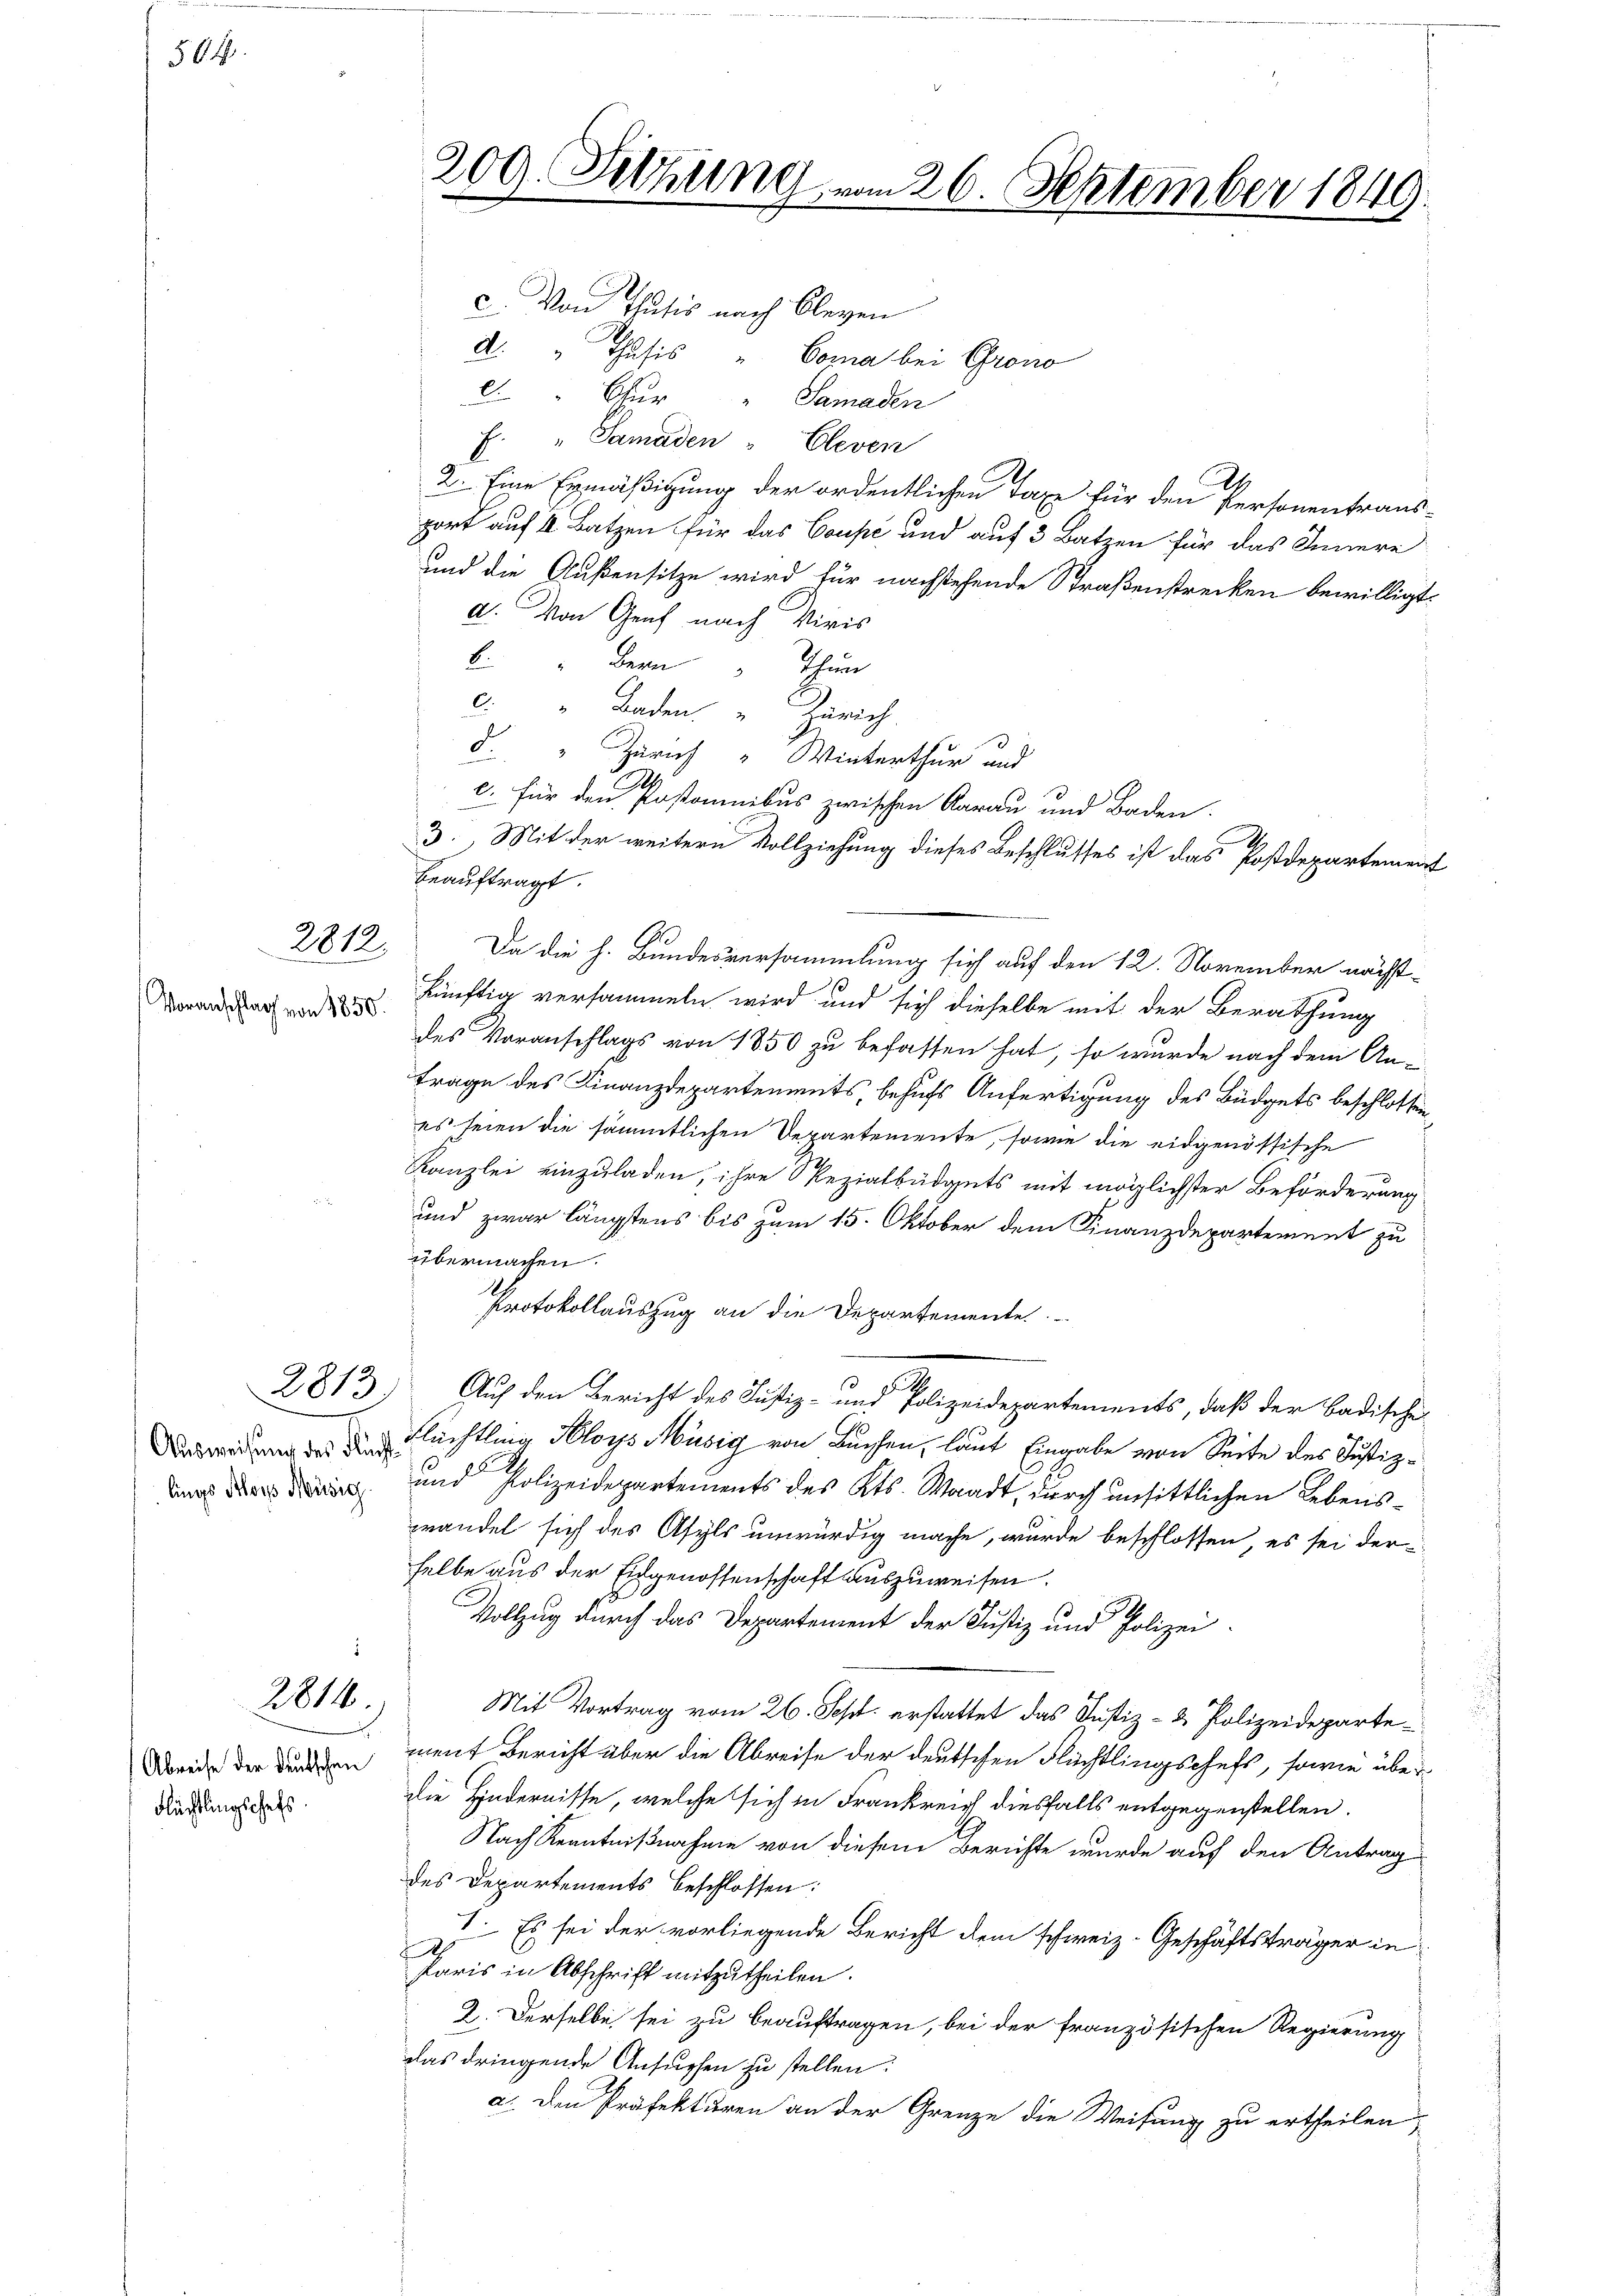
504

2812.

Voranschlag von 1850.

2813.

lings Alois Musig

Abreise der deutschen
Flüchtlingschefs

2814.

c. Von Thusis nach Bleyen
A. " Thusis " Cora bei Grono
Chur
Samaden
E. "Samaden " Cleven
2. Eine Ermäßigung der ordentlichen Taxe für den Personentrans-
port auf 4 Batzen für das Coupé und auf 3 Batzen für das Innere
und die Außensitze wird für nachstehende Straßenstrecken bewilligt.
a. Von Genf nach Viris
b. " Bern Thur
c. " Baden, " Zürich.
d. Zürich Winterthur und
. für den Postonibus zwischen Aarau und Boden.
3. Mit der weitern Vollziehung dieses Beschlusses ist das Postdepartement
beauftragt.
Da die h. Bundesversammlung sich auf den 12. November nächst
künftig versammeln wird und sich dieselbe mit der Berathung
des Voranschlags von 1850 zu befassen hat, so wurde nach dem Antrage des Finanzdepartements, behufs Anfertigung des Büdgets beschlossen
es seien die sämmtlichen Departemente, sowie die eidgenössische
Kanzlei einzuladen, ihre Spezialbüdgets mit möglichster Beförderung
und zwar längstens bis zum 15. Oktober dem Finanzdepartement zu
übermachen.
Protokollauszug an die Departemente
Auch den Bericht des Justiz- und Polizeidepartements, daß der Badische
 Flüchtling Aloys Musig von Buchen, laut Eingabe von Seite des Justiz¬
und Polizeidepartements des Kts. Waadt, durch unsittlichen Lebenswandel sich des Asyls unwürdig mache, wurde beschlossen, es sei der
selbe aus der Eidgenossenschaft auszuweisen.
b
Vollzug durch das Departement der Justiz und Polizei-
Mit Vortrag vom 26. Sept. erstattet das Justiz- & Polizeidepartement Bericht aber die Abreise der deutschen Flüchtlingschaft, sowie überdie Hindernisse, welche sich in Frankreich diesfalls entgegenstellen.
Nach Kenntnißnahme von diesem Berichte wurde auf den Antrag
des Departements beschlossen:
I. Es sei der vorliegende Bericht dem schweiz. Geschäftsträger in
A
Paris in Abschrift mitzutheilen.
2. Derselbe sei zu beauftragen, bei der französischen Regierung
das dringende Ansuchen zu stellen:
a. Den Präfekturen an der Grenze die Weisung zu ertheilen,

209. Sitzung vom 26. September 1849.